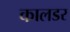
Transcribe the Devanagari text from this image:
कालडर